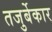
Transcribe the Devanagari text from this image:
तजुर्बेकार